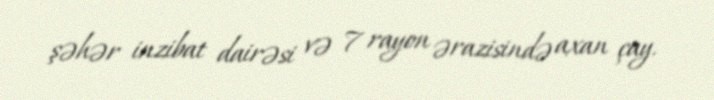
şəhər inzibat dairəsi və 7 rayon ərazisində axan çay.